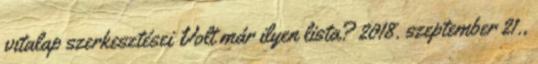
vitalap szerkesztései Volt már ilyen lista? 2018. szeptember 21.,